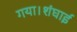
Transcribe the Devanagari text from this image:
गया।शंघाई